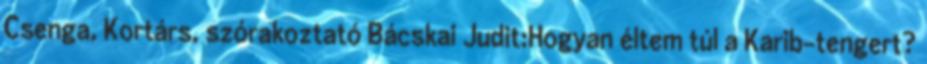
Csenga, Kortárs, szórakoztató Bácskai Judit:Hogyan éltem túl a Karib-tengert?